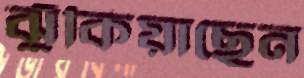
ঝুঁকিয়াছেন